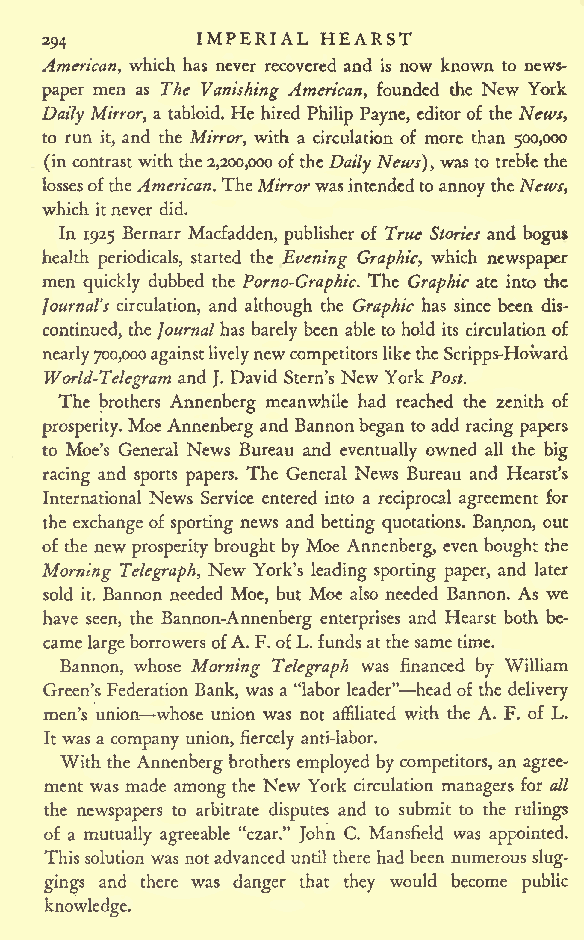
IMPERIAL HEARST
 294
 American, which has never recovered and is now known to news-
 paper men as The Vanishing American, founded the New York
 Daily Mirror, a tabloid. He hired Philip Payne, editorof the News,
 to run it, and the Mirror, with a circulation of more than 500,000
 (incontrastwith the2,200,000oftheDailyNews),was to treble the
 lossesoftheAmerican.TheMirrorwasintendedtoannoytheNews,
 which itnever did.
 In 1925 Bernarr Macfadden, publisher of True Stories and bogus
 health periodicals, started the Evening Graphic, which newspaper
 men quickly dubbed the Porno-Graphic. The Graphic ate into the
 Journal's circulation, and although the Graphic has since been dis-
 continued, theJournalhas barely been able to hold its circulationof
 nearly700,000againstlivelynew competitorsliketheScripps-Howard
 World-Telegram and J. David Stern's New York Post.
 The brothers Annenberg meanwhile had reached the zenith of
 prosperity. Moe Annenberg and Bannon began toadd racing papers
 to Moe's General News Bureau and eventually owned all the big
 racing and sports papers. The General News Bureau and Hearst's
 International News Service entered into a reciprocal agreement for
 the exchangeof sporting news and betting quotations. Bannon, out
 of the new prosperity brought by Moe Annenberg, even bought the
 Morning Telegraph, New York's leading sporting paper, and later
 sold it. Bannon needed Moe, but Moe also needed Bannon. As we
 have seen, the Bannon-Annenberg enterprises and Hearst both be-
 came largeborrowersofA.F.ofL.fundsatthe sametime.
 Bannon, whose Morning Telegraph was financed by William
 Green'sFederation Bank, was a "labor leader" headof the delivery
 men's union whose union was not affiliated with the A. F. of L.
 It was a company union, fiercely anti-labor.
 With theAnnenbergbrothers employed by competitors, an agree-
 ment was made among the New York circulation managers for all
 the newspapers to arbitrate disputes and to submit to the rulings
 of a mutually agreeable "czar." John C. Mansfield was appointed.
 Thissolution was notadvanced until there had been numerous slug-
 gings and there was danger that they would become public
 knowledge.